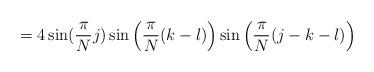
LaTeX: \begin{align*} =4\sin(\frac{\pi}{N}j)\sin\Big(\frac{\pi}{N}(k-l)\Big)\sin\Big(\frac{\pi}{N}(j-k-l)\Big) \end{align*}